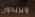
ويريدون